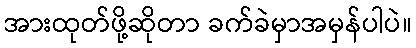
အားထုတ်ဖို့ဆိုတာ ခက်ခဲမှာအမှန်ပါပဲ။